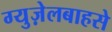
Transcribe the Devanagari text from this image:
ग्युज़ेलबाहसे